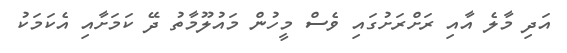
އަދި މާލެ އާއި ރަށްރަށުގައި ވެސް މީހުން މައުލޫމާތު ދޭ ކަމަށާއި އެކަމަކު